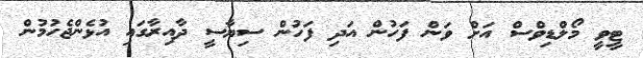
ޓީވީ މޯލްޑިވްސް އަށް ވަން ފަހުން އަދި ފަހުން ސިޔާސީ ދާއިރާގައި އުޅެންޖެހުމުން